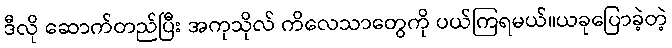
ဒီလို ဆောက်တည်ပြီး အကုသိုလ် ကိလေသာတွေကို ပယ်ကြရမယ်။ယခုပြောခဲ့တဲ့